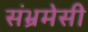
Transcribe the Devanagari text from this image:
संभ्रमेसी